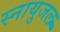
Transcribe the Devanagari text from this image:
स्नायुजल